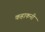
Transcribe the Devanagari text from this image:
कहाकनी